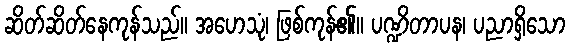
ဆိတ်ဆိတ်နေကုန်သည်။ အဟေသုံ၊ ဖြစ်ကုန်၏။ ပဏ္ဍိတာပန၊ ပညာရှိသော